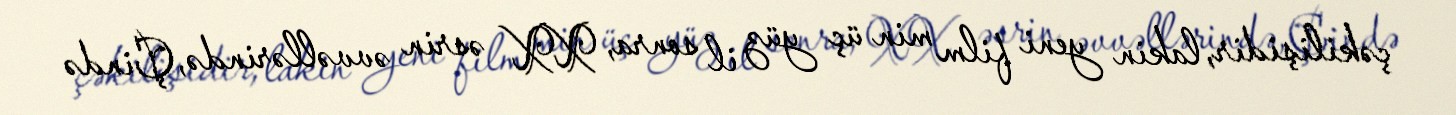
çəkilişidir, lakin yeni film min üç yüz il sonra, XX əsrin əvvəllərində, Çində